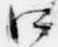
口